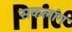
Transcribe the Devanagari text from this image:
सकलांग